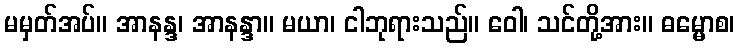
မမှတ်အပ်။ အာနန္ဒ၊ အာနန္ဒာ။ မယာ၊ ငါဘုရားသည်။ ဝေါ၊ သင်တို့အား။ ဓမ္မောစ၊